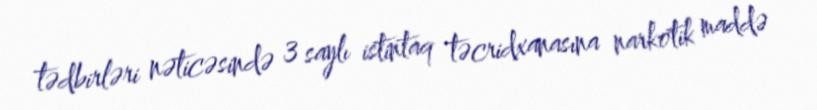
tədbirləri nəticəsində 3 saylı istintaq təcridxanasına narkotik maddə